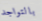
بالتواجد